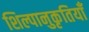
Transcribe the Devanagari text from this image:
शिल्पानुकृतियाँ